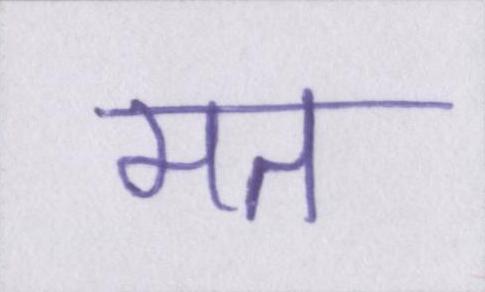
मत